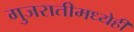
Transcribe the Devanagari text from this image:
गुजरातीमध्येही